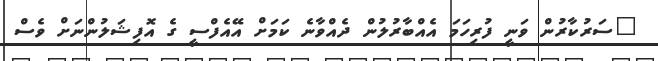
"ސަރުކާރުން ވަނީ ފުރިހަމަ އެއްބާރުލުން ދެއްވާނެ ކަމަށް އޭއެފްސީ ގެ އޮފިޝަލުންނަށް ވެސް